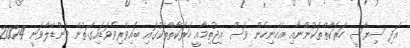
އަދި ސިޔާސީ ހަރަކާތްތަކުންނާއި އެހެނިހެން ވެސް އިޖުތިމާއީ ހަރަކާތްތަކުގައި ބައިވެރިވެވަޑައިގަތުން މަންޑޭލާވަނީ 2004